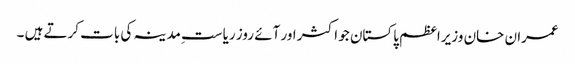
عمران خان وزیراعظم پاکستان جو اکثر اور آئے روز ریاست ِمدینہ کی بات کرتے ہیں ۔